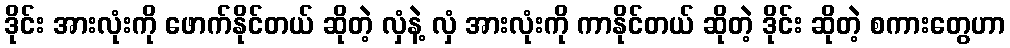
ဒိုင်း အားလုံးကို ဖောက်နိုင်တယ် ဆိုတဲ့ လှံနဲ့ လှံ အားလုံးကို ကာနိုင်တယ် ဆိုတဲ့ ဒိုင်း ဆိုတဲ့ စကားတွေဟာ